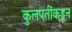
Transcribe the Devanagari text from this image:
कुलपतींकडून